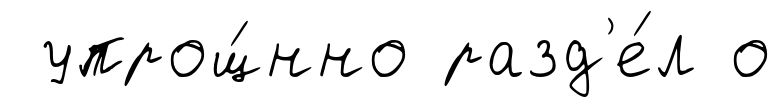
упрощ́нно разд'е́л о